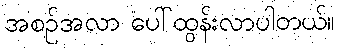
အစဉ်အလာ ပေါ်ထွန်းလာပါတယ်။